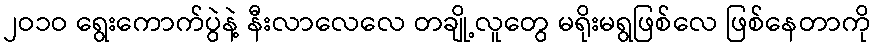
၂ဝ၁ဝ ရွေးကောက်ပွဲနဲ့ နီးလာလေလေ တချို့လူတွေ မရိုးမရွဖြစ်လေ ဖြစ်နေတာကို